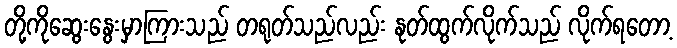
တို့ကိုဆွေးနွေးမှာကြားသည် တရုတ်သည်လည်း နုတ်ထွက်လိုက်သည် လိုက်ရတော့